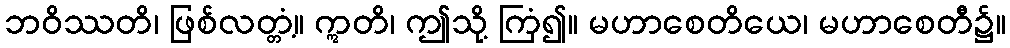
ဘဝိဿတိ၊ ဖြစ်လတ္တံ့။ ဣတိ၊ ဤသို့ ကြံ၍။ မဟာစေတိယေ၊ မဟာစေတီ၌။